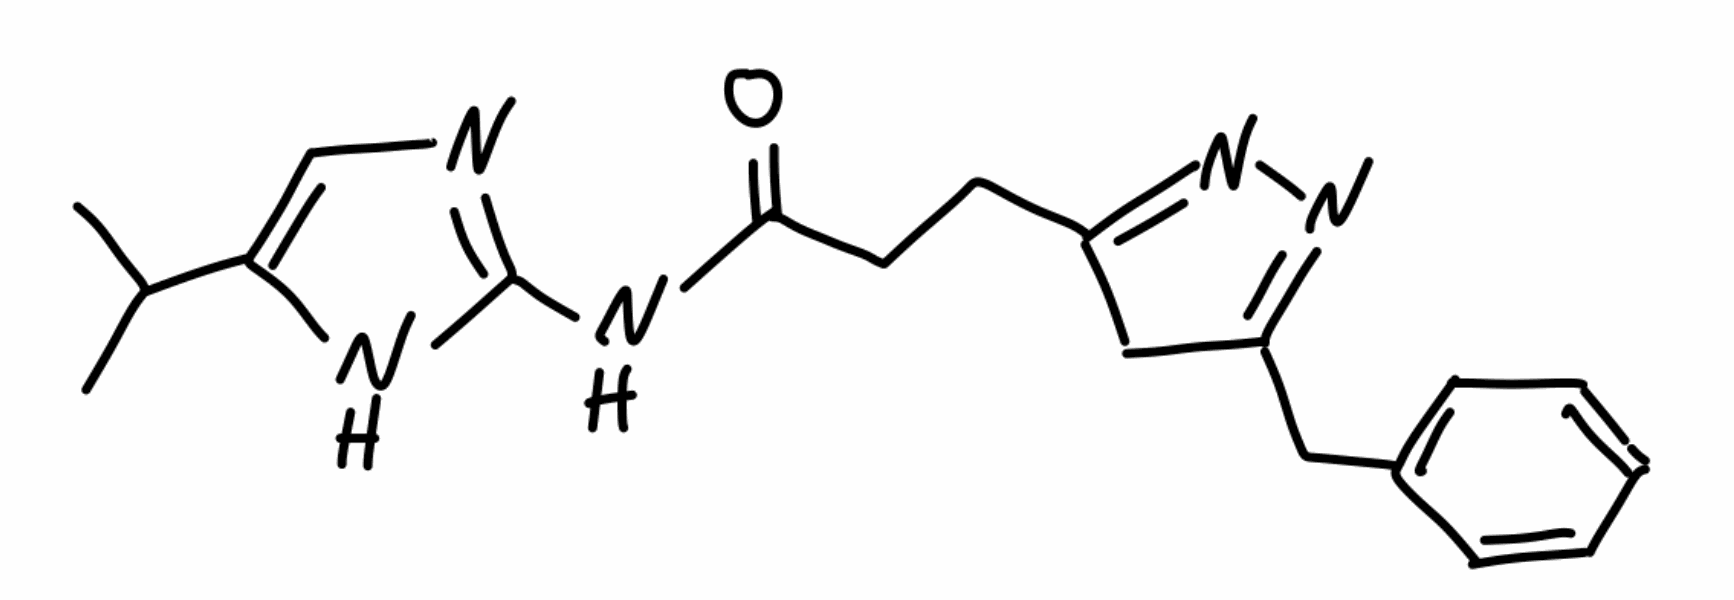
Simplified molecular-input line-entry system (SMILES) notation of the given molecule:
CC(C)C1=CN=C(N1)NC(=O)CCC2=NN=C(C2)CC3=CC=CC=C3